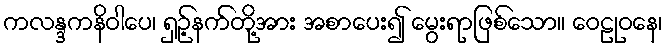
ကလန္ဒကနိဝါပေ၊ ရှဉ့်နက်တို့အား အစာပေး၍ မွေးရာဖြစ်သော။ ဝေဠုဝနေ၊